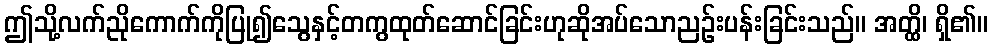
ဤသို့လက်ညိုကောက်ကိုပြု၍သွေနှင့်တကွထုတ်ဆောင်ခြင်းဟုဆိုအပ်သောညဉ်းပန်းခြင်းသည်။ အတ္ထိ၊ ရှိ၏။